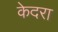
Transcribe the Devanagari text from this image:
केदरा